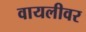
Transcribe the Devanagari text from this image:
वायलीवर